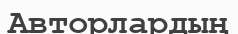
Авторлардың